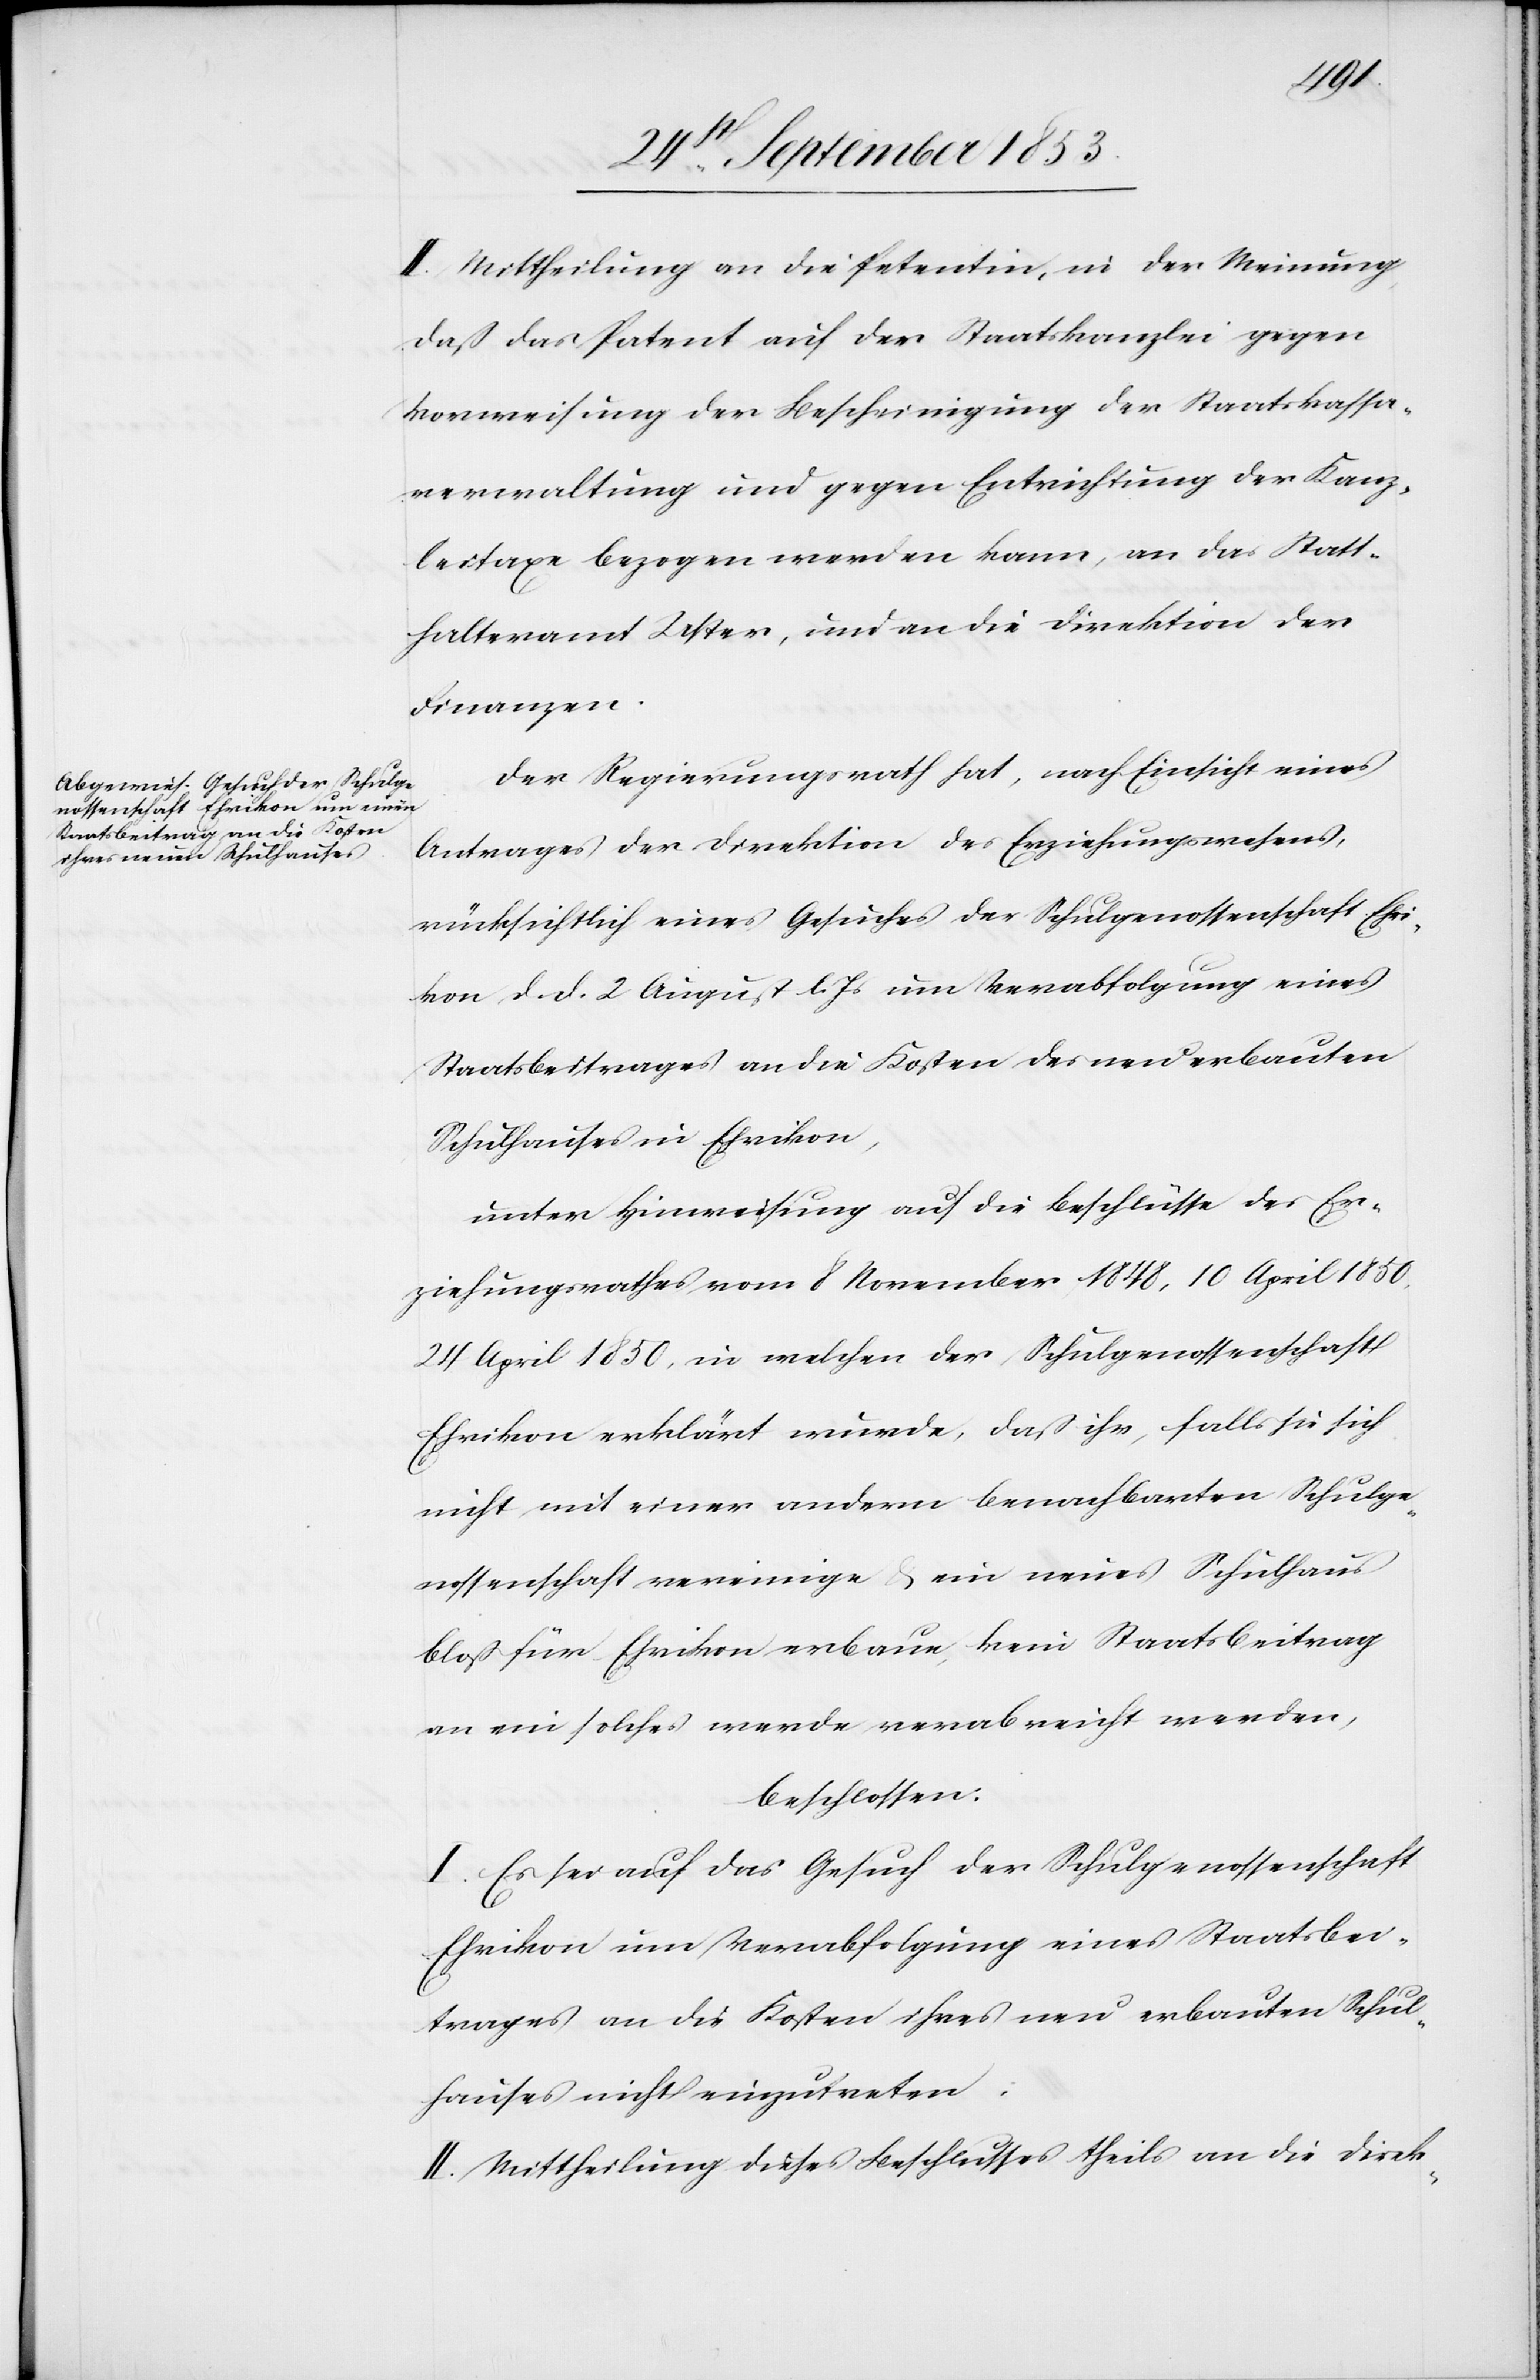
Stat¬
II. Mittheilung an die Petentin, in der Meinung,
daß das Patent auf der Staatskanzlei gegen
Vorweisung der Bescheinigung der Staatskassa¬
verwaltung und Entrichtung der Kanzleitaxe bezogen
thalteramt Uster, und an die Direktion der
Finanzen.
Der Regierungsrath hat, nach Einsicht eines
Antrages der Direktion des Erziehungswesens,
rücksichtlich eines Gesuches der Schulgenossenschaft Ehri¬
kon d. d. 2 August l. Js. um Verabfolgung eines
Staatsbeitrages an die Kosten des neu erbauten
Schulhauses in Ehrikon,
unter Hinweisung auf die Beschlüsse des Er¬
ziehungsrathes vom 8 November 1848, 10 April 1850,
24 April 1850, in welchen der Schulgenossenschaft
Ehrikon erklärt wurde, daß ihr, falls sie sich
nicht mit einer andern benachbarten Schulge¬
nossenschaft vereinige u. ein neues Schulhaus
bloß für Ehrikon erbaue, kein Staatsbeitrag
an ein solches werde verabreicht werden,
beschlossen:
I. Es sei auf das Gesuch der Schulgenossenschaft
Ehrikon um Verabfolgung eines Staatsbei¬
trages an die Kosten ihres neu erbauten Schul¬
hauses nicht einzutreten.
II. Mittheilung dieses Beschlusses theils an die Direk-